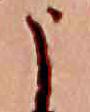
う